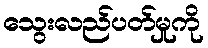
သွေးလည်ပတ်မှုကို